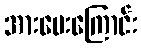
အားပေးကြောင်း